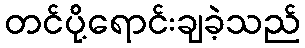
တင်ပို့ရောင်းချခဲ့သည်